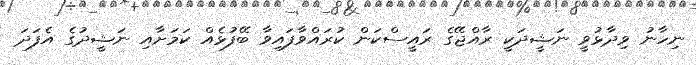
ނިހާނު ވިދާޅުވީ ނަޝީދަކީ ރާއްޖޭގެ ރައީސްކަން ކުރައްވާފައިވާ ބޭފުޅެއް ކަމަށާއި ނަޝީދުގެ އެފަދަ